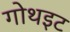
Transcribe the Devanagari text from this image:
गोथइट